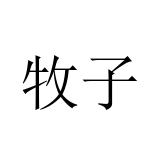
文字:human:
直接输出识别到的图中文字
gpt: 牧子